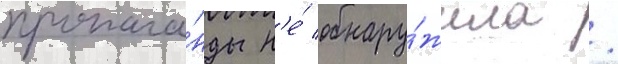
пропага́нды н'е́ обнару́жила /